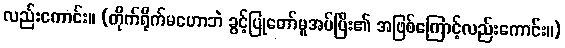
လည်းကောင်း။ (တိုက်ရိုက်မဟောဘဲ ခွင့်ပြုတော်မူအပ်ပြီး၏ အဖြစ်ကြောင့်လည်းကောင်း။)